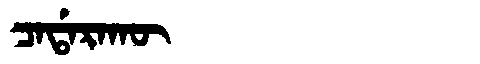
Manchu: ᠴᠠᡩᠠᡵᠠᡴᡡ
Romanization: CADARAKŪ